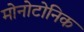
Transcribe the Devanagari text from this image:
मोनोटोनिक